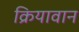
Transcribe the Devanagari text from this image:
क्रियावान